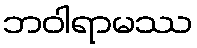
ဘဝါရာမဿ